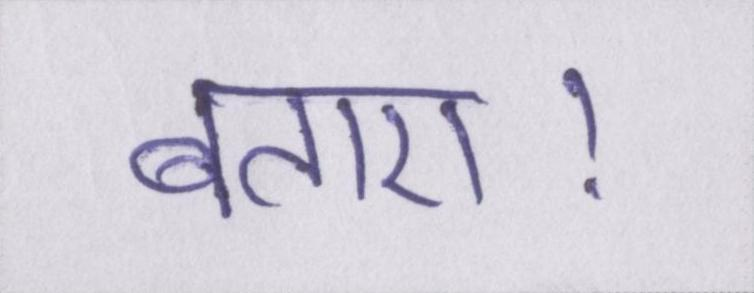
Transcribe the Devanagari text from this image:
बताए।